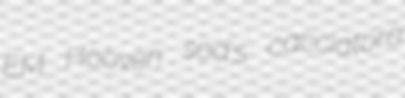
EM Hooven sod's cacciatora